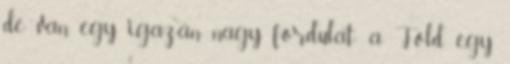
de van egy igazán nagy fordulat: a Föld egy